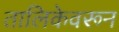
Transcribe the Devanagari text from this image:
तालिकेवरून